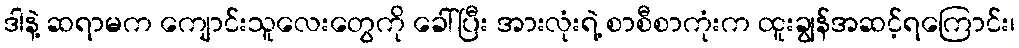
ဒါနဲ့ ဆရာမက ကျောင်းသူလေးတွေကို ခေါ်ပြီး အားလုံးရဲ့ စာစီစာကုံးက ထူးချွန်အဆင့်ရကြောင်း၊